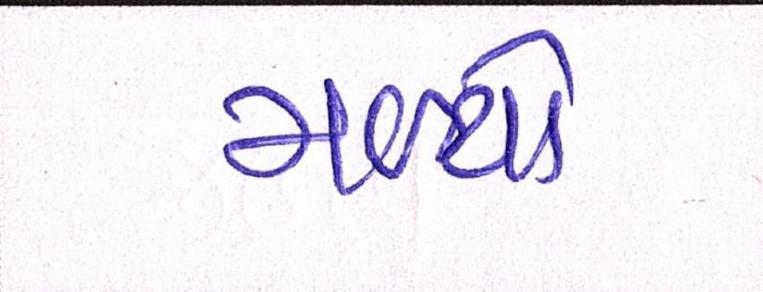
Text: મળ્યો